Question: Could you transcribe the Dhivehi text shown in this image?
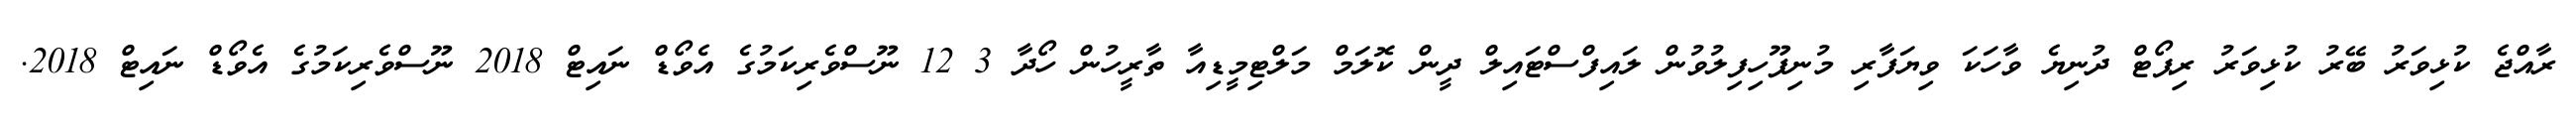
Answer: ރާއްޖެ ކުޅިވަރު ބޭރު ކުޅިވަރު ރިޕޯޓް ދުނިޔެ ވާހަކަ ވިޔަފާރި މުނިފޫހިފިލުވުން ލައިފްސްޓައިލް ދީން ކޮލަމް މަލްޓިމީޑިއާ ތާރީހުން ހޯދާ 3 12 ނޫސްވެރިކަމުގެ އެވޯޑް ނައިޓް 2018 ނޫސްވެރިކަމުގެ އެވޯޑް ނައިޓް 2018.